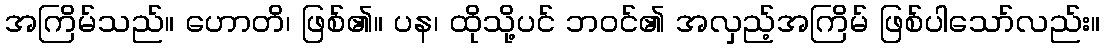
အကြိမ်သည်။ ဟောတိ၊ ဖြစ်၏။ ပန၊ ထိုသို့ပင် ဘဝင်၏ အလှည့်အကြိမ် ဖြစ်ပါသော်လည်း။